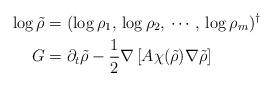
LaTeX: \begin{align*}\log\tilde{\rho} & =(\log\rho_{1},\,\log\rho_{2},\,\cdots,\,\log\rho_{m})^{\dagger}\\G & =\partial_{t}\tilde{\rho}-\frac{1}{2}\nabla\left[A\chi(\tilde{\rho})\nabla\tilde{\rho}\right]\end{align*}